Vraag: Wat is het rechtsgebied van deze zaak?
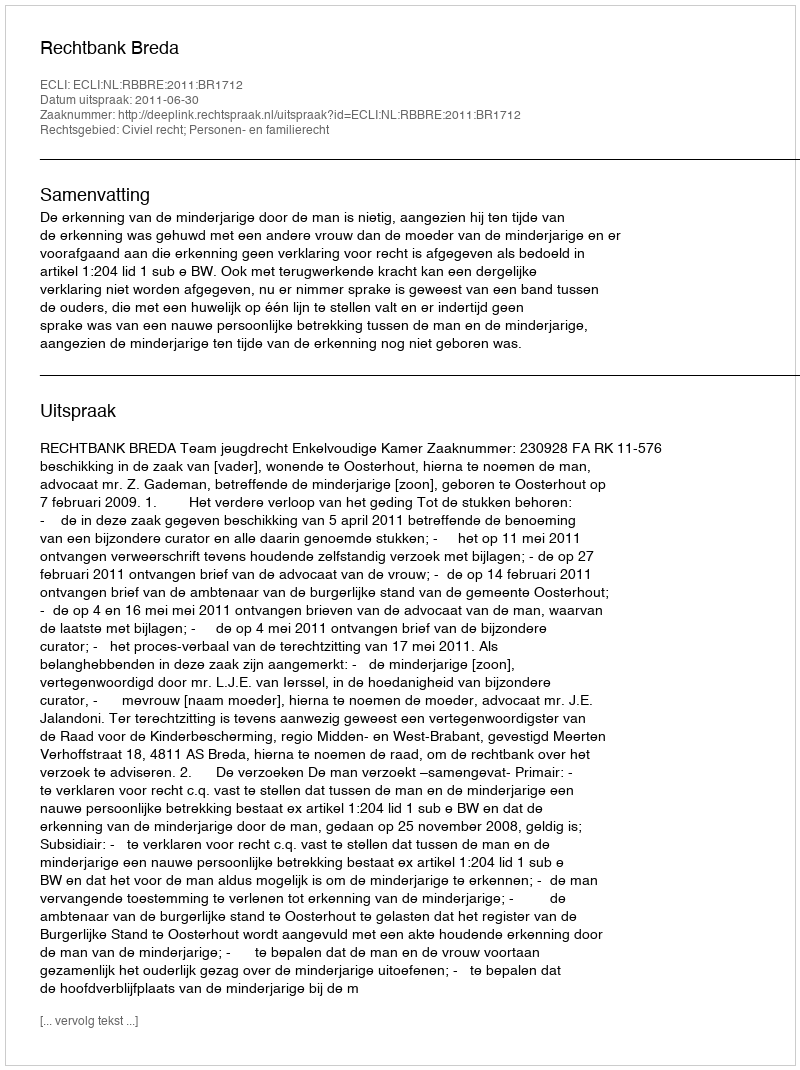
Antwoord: Civiel recht; Personen- en familierecht